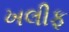
ખલીફ